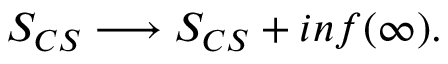
S _ { C S } \longrightarrow S _ { C S } + i n f ( \infty ) .